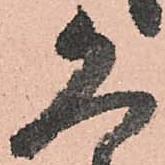
恐